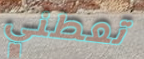
تعطني